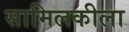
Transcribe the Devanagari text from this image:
सामिलकीला